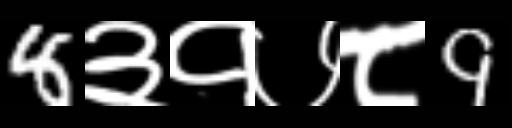
Text: 8३१७८9